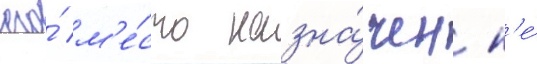
его́ м'е́сто назна́чен н'е́